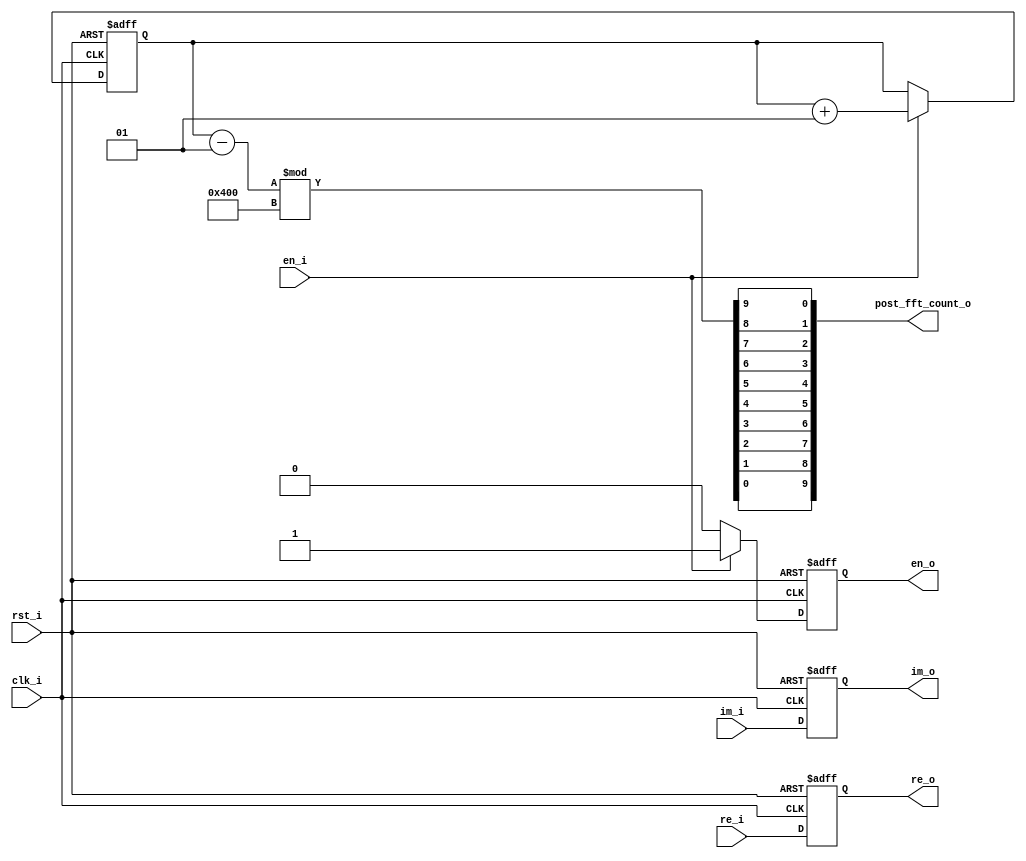
`timescale 1ns / 1ns
module post_fft_count #(
    parameter I_BW       = 14,
    parameter O_BW       = 14,
    parameter TOTAL_DATA = 91136
) (
    input clk_i,
    input rst_i,
    input en_i,
    input [I_BW-1:0] re_i,
    input [I_BW-1:0] im_i,
    output reg en_o,
    output reg [O_BW-1:0] re_o,
    output reg [O_BW-1:0] im_o,
    output [9:0] post_fft_count_o
);

  function [9:0] bit_reversaled;
    input [9:0] data_i;
    begin
      bit_reversaled[0] = data_i[9];
      bit_reversaled[1] = data_i[8];
      bit_reversaled[2] = data_i[7];
      bit_reversaled[3] = data_i[6];
      bit_reversaled[4] = data_i[5];
      bit_reversaled[5] = data_i[4];
      bit_reversaled[6] = data_i[3];
      bit_reversaled[7] = data_i[2];
      bit_reversaled[8] = data_i[1];
      bit_reversaled[9] = data_i[0];
    end
  endfunction

  integer count;
  assign post_fft_count_o = bit_reversaled((count - 1) % 1024);  // zero start

  always @(posedge clk_i or negedge rst_i) begin
    if (!rst_i) begin
      count <= 0;
      en_o  <= 0;
      re_o  <= 0;
      im_o  <= 0;
    end else if (en_i) begin
      re_o  <= re_i;
      im_o  <= im_i;
      count <= count + 1;
      en_o  <= 1;
    end else begin
      re_o  <= re_i;
      im_o  <= im_i;
      count <= count;
      en_o  <= 0;
    end
  end
endmodule